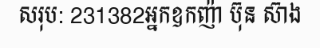
សរុប: 231382អ្នកឧកញ៉ា ប៊ុន ស៊ាង